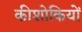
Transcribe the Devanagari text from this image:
कीशोकियों